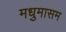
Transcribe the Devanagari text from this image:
मधुमासम